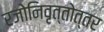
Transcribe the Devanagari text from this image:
रजोनिवृत्तोत्तर